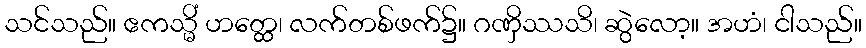
သင်သည်။ ဧကသ္မိံ ဟတ္ထေ၊ လက်တစ်ဖက်၌။ ဂဏှိဿသိ၊ ဆွဲလော့။ အဟံ၊ ငါသည်။